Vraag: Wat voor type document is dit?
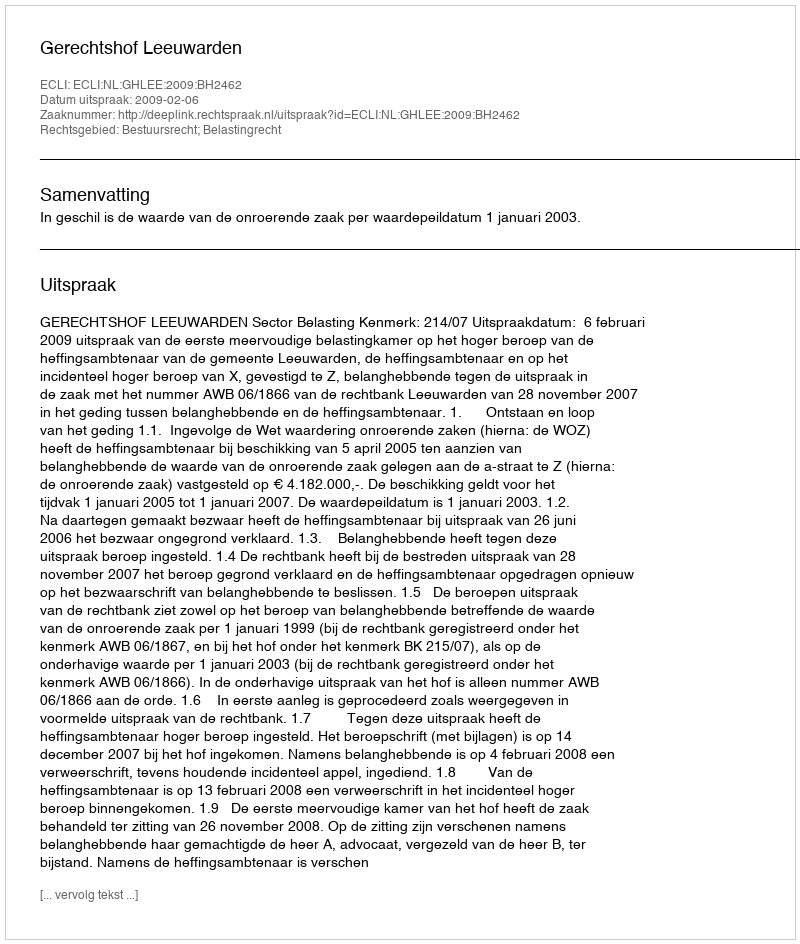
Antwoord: Uitspraak